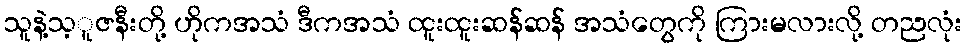
သူနဲ့သ့ူဇနီးတို့ ဟိုကအသံ ဒီကအသံ ထူးထူးဆန်ဆန် အသံတွေကို ကြားမလားလို့ တညလုံး